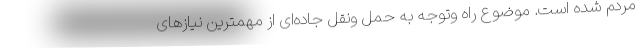
مردم شده است. موضوع راه وتوجه به حمل ونقل جاده‌ای از مهمترین نیازهای